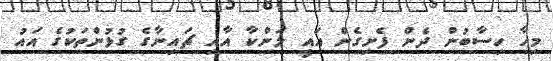
މިހާ ހިސާބުން ދެން ފެށިގެން އައީ ލަންކާ އާއި ޗައިނާގެ ގުޅުންތަކުގެ އައު